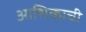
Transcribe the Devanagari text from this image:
आशिकाची